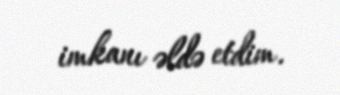
imkanı əldə etdim.